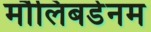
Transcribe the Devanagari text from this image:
मौलिबडेनम